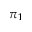
\pi _ { 1 }